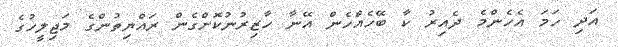
އަދި ހަމަ އެހެންމެ ދެއިރު ކާ ބޭހެއްހެން އޭނާ ހާޒިރުނުކޮށްގެން ރައްޔިތުންގެ މަޖިލީހުގެ